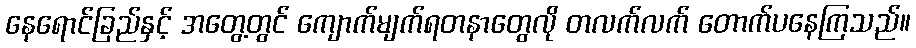
နေရောင်ခြည်နှင့် အတွေ့တွင် ကျောက်မျက်ရတနာတွေလို တလက်လက် တောက်ပနေကြသည်။